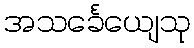
အသင်္ခေယျေသု